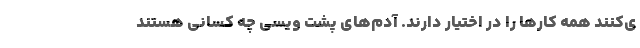
ی‌کنند همه کارها را در اختیار دارند. آدم‌های پشت ویسی چه کسانی هستند